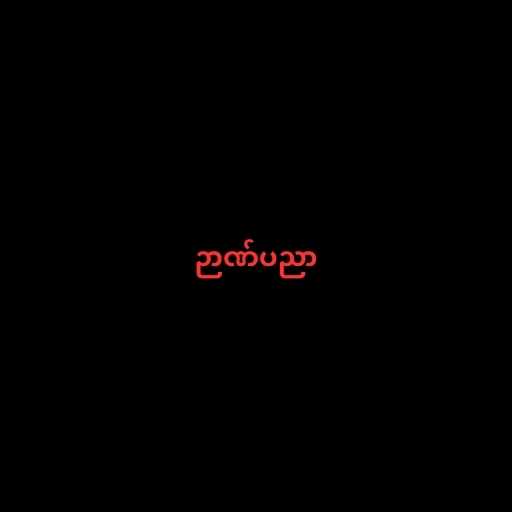
ဉာဏ်ပညာ